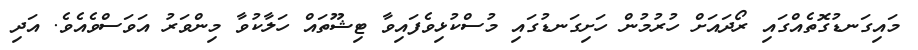
މައިގަނޑުގޮތެއްގައި ރޯދައަށް ހުރުމުން ހަށިގަނޑުގައި މުސްކުޅިވެފައިވާ ޓިޝޫތައް ހަލާކުވާ މިންވަރު އަވަސްވެއެވެ. އަދި